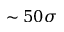
\sim 5 0 \sigma